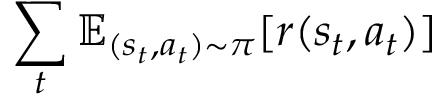
\sum _ { t } ^ { } \mathbb { E } _ { ( s _ { t } , a _ { t } ) \sim \pi } [ r ( s _ { t } , a _ { t } ) ]